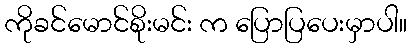
ကိုခင်မောင်စိုးမင်း က ပြောပြပေးမှာပါ။